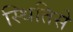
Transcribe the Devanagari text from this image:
स्थितिसे